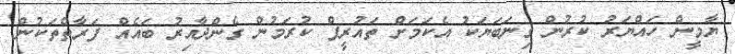
ޔާމީން ހައްޔަރު ކުރުން ގިނަބަޔަކު އެކަމަށް ތައުރީފް ކުރަމުން ގެންދާއިރު ބައެއް ފަރާތްތަކުން